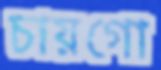
চায়গো